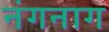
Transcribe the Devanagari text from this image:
नंगनाग